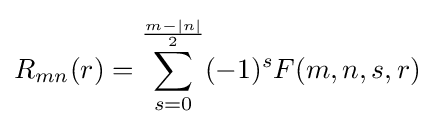
R_{mn}(r)=\sum _{s=0}^{\frac {m-|n|}{2}}(-1)^{s}F(m,n,s,r)